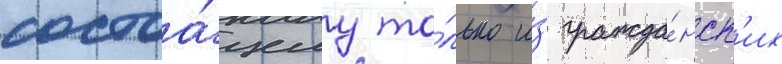
состоа́щему то́лько и́з гражда́нск'их